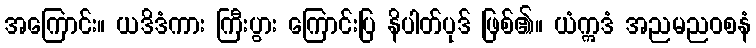
အကြောင်း။ ယဒိဒံကား ကြီးပွား ကြောင်းပြ နိပါတ်ပုဒ် ဖြစ်၏။ ယံဣဒံ အညမညဝစနံ